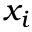
x _ { i }